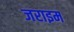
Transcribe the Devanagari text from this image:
जराइम